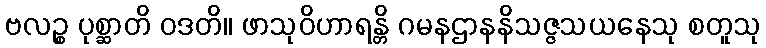
ဗလဉ္စ ပုစ္ဆာတိ ဝဒတိ။ ဖာသုဝိဟာရန္တိ ဂမနဌာနနိသဇ္ဇသယနေသု စတူသု